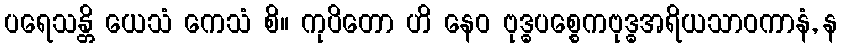
ပရေသန္တိ ယေသံ ကေသံ စိ။ ကုပိတော ဟိ နေဝ ဗုဒ္ဓပစ္စေကဗုဒ္ဓအရိယသာဝကာနံ, န